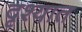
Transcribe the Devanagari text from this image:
दृश्यात